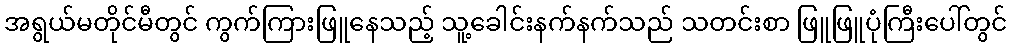
အရွယ်မတိုင်မီတွင် ကွက်ကြားဖြူနေသည့် သူ့ခေါင်းနက်နက်သည် သတင်းစာ ဖြူဖြူပုံကြီးပေါ်တွင်